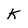
Character: k